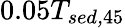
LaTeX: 0.05T_{\textit{sed,}45}